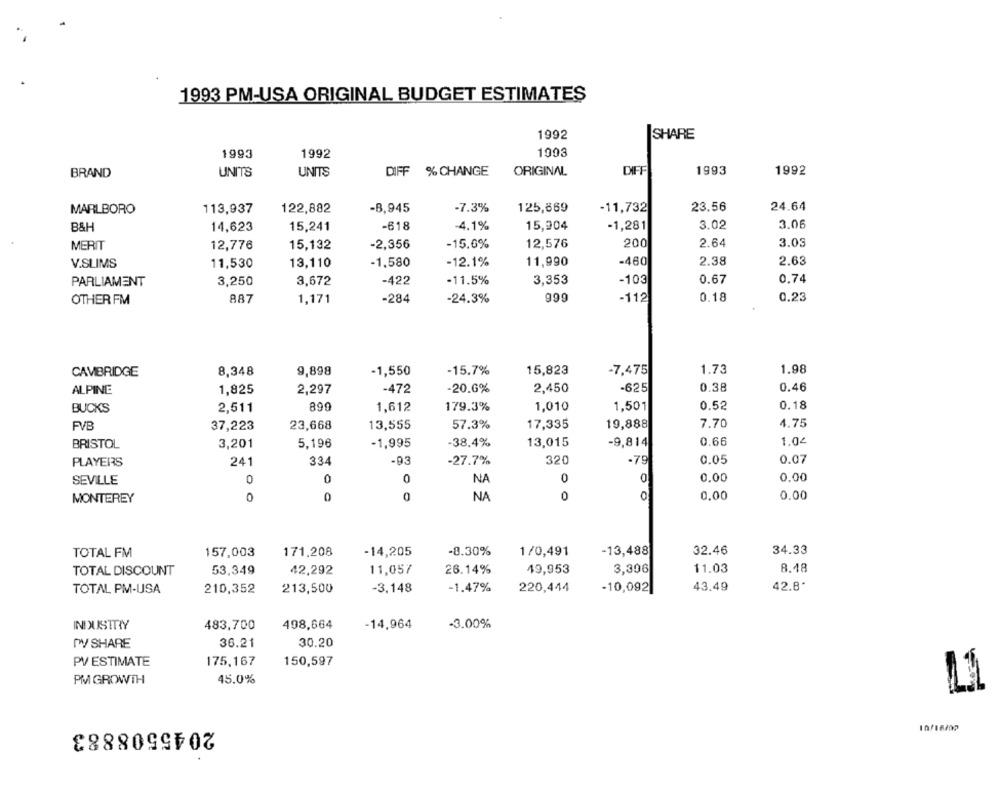
1993 PM-USA ORIGINAL BUDGET ESTIMATES
1992
SHARE
1993
1992
1003
BRAND
UNITS
UNITS
DIFF % CHANGE
ORIGINAL
DIFF
1993
1992
24.64
MARLBORO
113,937
122,882
-8,945
-7.3%
125,869
-11,732
23.56
B&H
14,623
15,241
-618
-4.1%
15,904
-1,281
3.02
3.06
MERIT
12,776
15,132
-2,356
-15.0%
12,576
200
2.64
3.03
-460
2.38
2.63
V.SLIMS
11,530
13,110
-1,580
-12.1%
11,990
PARLIAMENT
3,250
3,672
-422
-11.5%
3,353
-103
0.67
0.7
OTHER FM
887
1,171
-284
-24.3%
999
-112
0.18
0.23
CAMBRIDGE
8,348
9,898
-1,550
-15.7%
15,823
-7,475
1.73
1.98
-472
-20.6%
2,450
-625
0.38
0.46
ALPINE
1,825
2,297
BUCKS
2,511
890
1,612
179.3%
1,010
1,501
0.52
0.18
FVB
37,223
23,668
13,555
57.3%
17,335
19,888
7.70
4.75
BRISTOL
-38.4%
13,015
-9,814
0.66
1.04
3,201
5,196
-1,995
0.05
0.07
PLAYERS
241
334
-93
-27.7%
320
-79
SEVILLE
0
0
NA
0
0
0,00
0,00
MONTEREY
0
0
0
NA
0
0
0.00
0.00
TOTAL FM
157,003
171,208
-14,205
-8.30%
1/0,491
-13,488
32.46
34.33
TOTAL DISCOUNT
53,349
42,292
11,057
26.14%
49,953
3,306
11.03
8.48
42.8*
TOTAL PM-USA
210,352
213,500
-3,148
-1.47%
220,444
-10,092|
43.49
INDUSTRY
483,700
498,664
-14,964
-3.00%
TW/ SHARE
36.21
30.20
PV ESTIMATE
175,167
150,597
PM GROWTH
45.0%
2045508883
10/16m2